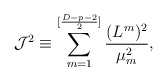
\begin{align*}{\cal J}^2\equiv \sum^{[{{D-p-2}\over 2}]}_{m=1}{{(L^m)^2}\over{\mu^2_m}},\end{align*}